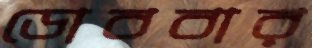
ডোববার